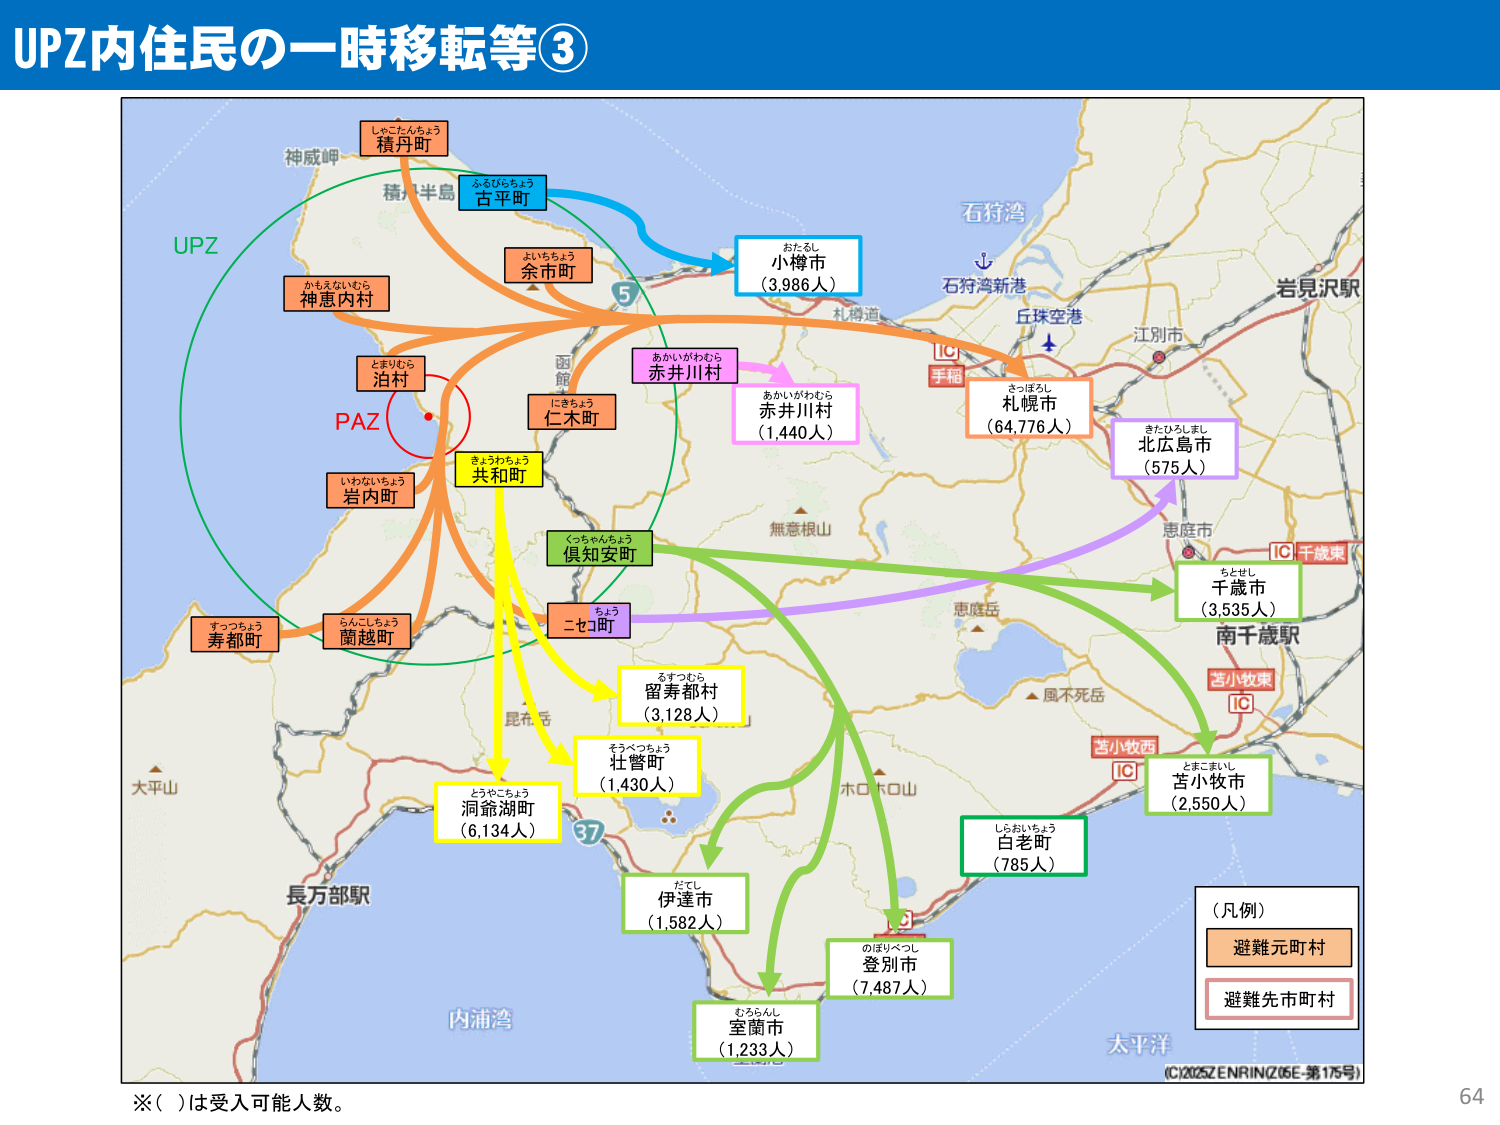
UPZ内住民の一時移転等③

UPZ
PAZ

神威岬
積丹半島
しきこたんちょう
積丹町
ふるひらちょう
古平町
かもえないむら
神恵内村
とまりむら
泊村
いわないちょう
岩内町
すっつちょう
寿都町
らんこしちょう
蘭越町
よいちちょう
余市町
にきちょう
仁木町
きょうわちょう
共和町
くっちゃんちょう
倶知安町
ちょう
ニセコ町
あかいがわむら
赤井川村
おたるし
小樽市（3,986人）
あかいがわむら
赤井川村（1,440人）
さっぽろし
札幌市（64,776人）
きたひろしまし
北広島市（575人）
ちとせし
千歳市（3,535人）
とまこまいし
苫小牧市（2,550人）
しらおいちょう
白老町（785人）
のぼりべつし
登別市（7,487人）
むらんし
室蘭市（1,233人）
だてし
伊達市（1,582人）
そうべつちょう
壮瞥町（1,430人）
るすつむら
留寿都村（3,128人）
とうやこちょう
洞爺湖町（6,134人）

石狩湾
石狩湾新港
丘珠空港
江別市
岩見沢駅
手稲
IC
恵庭市
IC 千歳東
南千歳駅
苫小牧東
IC
苫小牧西
IC
風不死岳
恵庭岳
無意根山
大平山
長万部駅
内浦湾
太平洋
モロトロ山
昆布岳

（凡例）
避難元町村
避難先市町村

※（ ）は受入可能人数。

(C)2025ZENRINZ(05E-第175号)
64